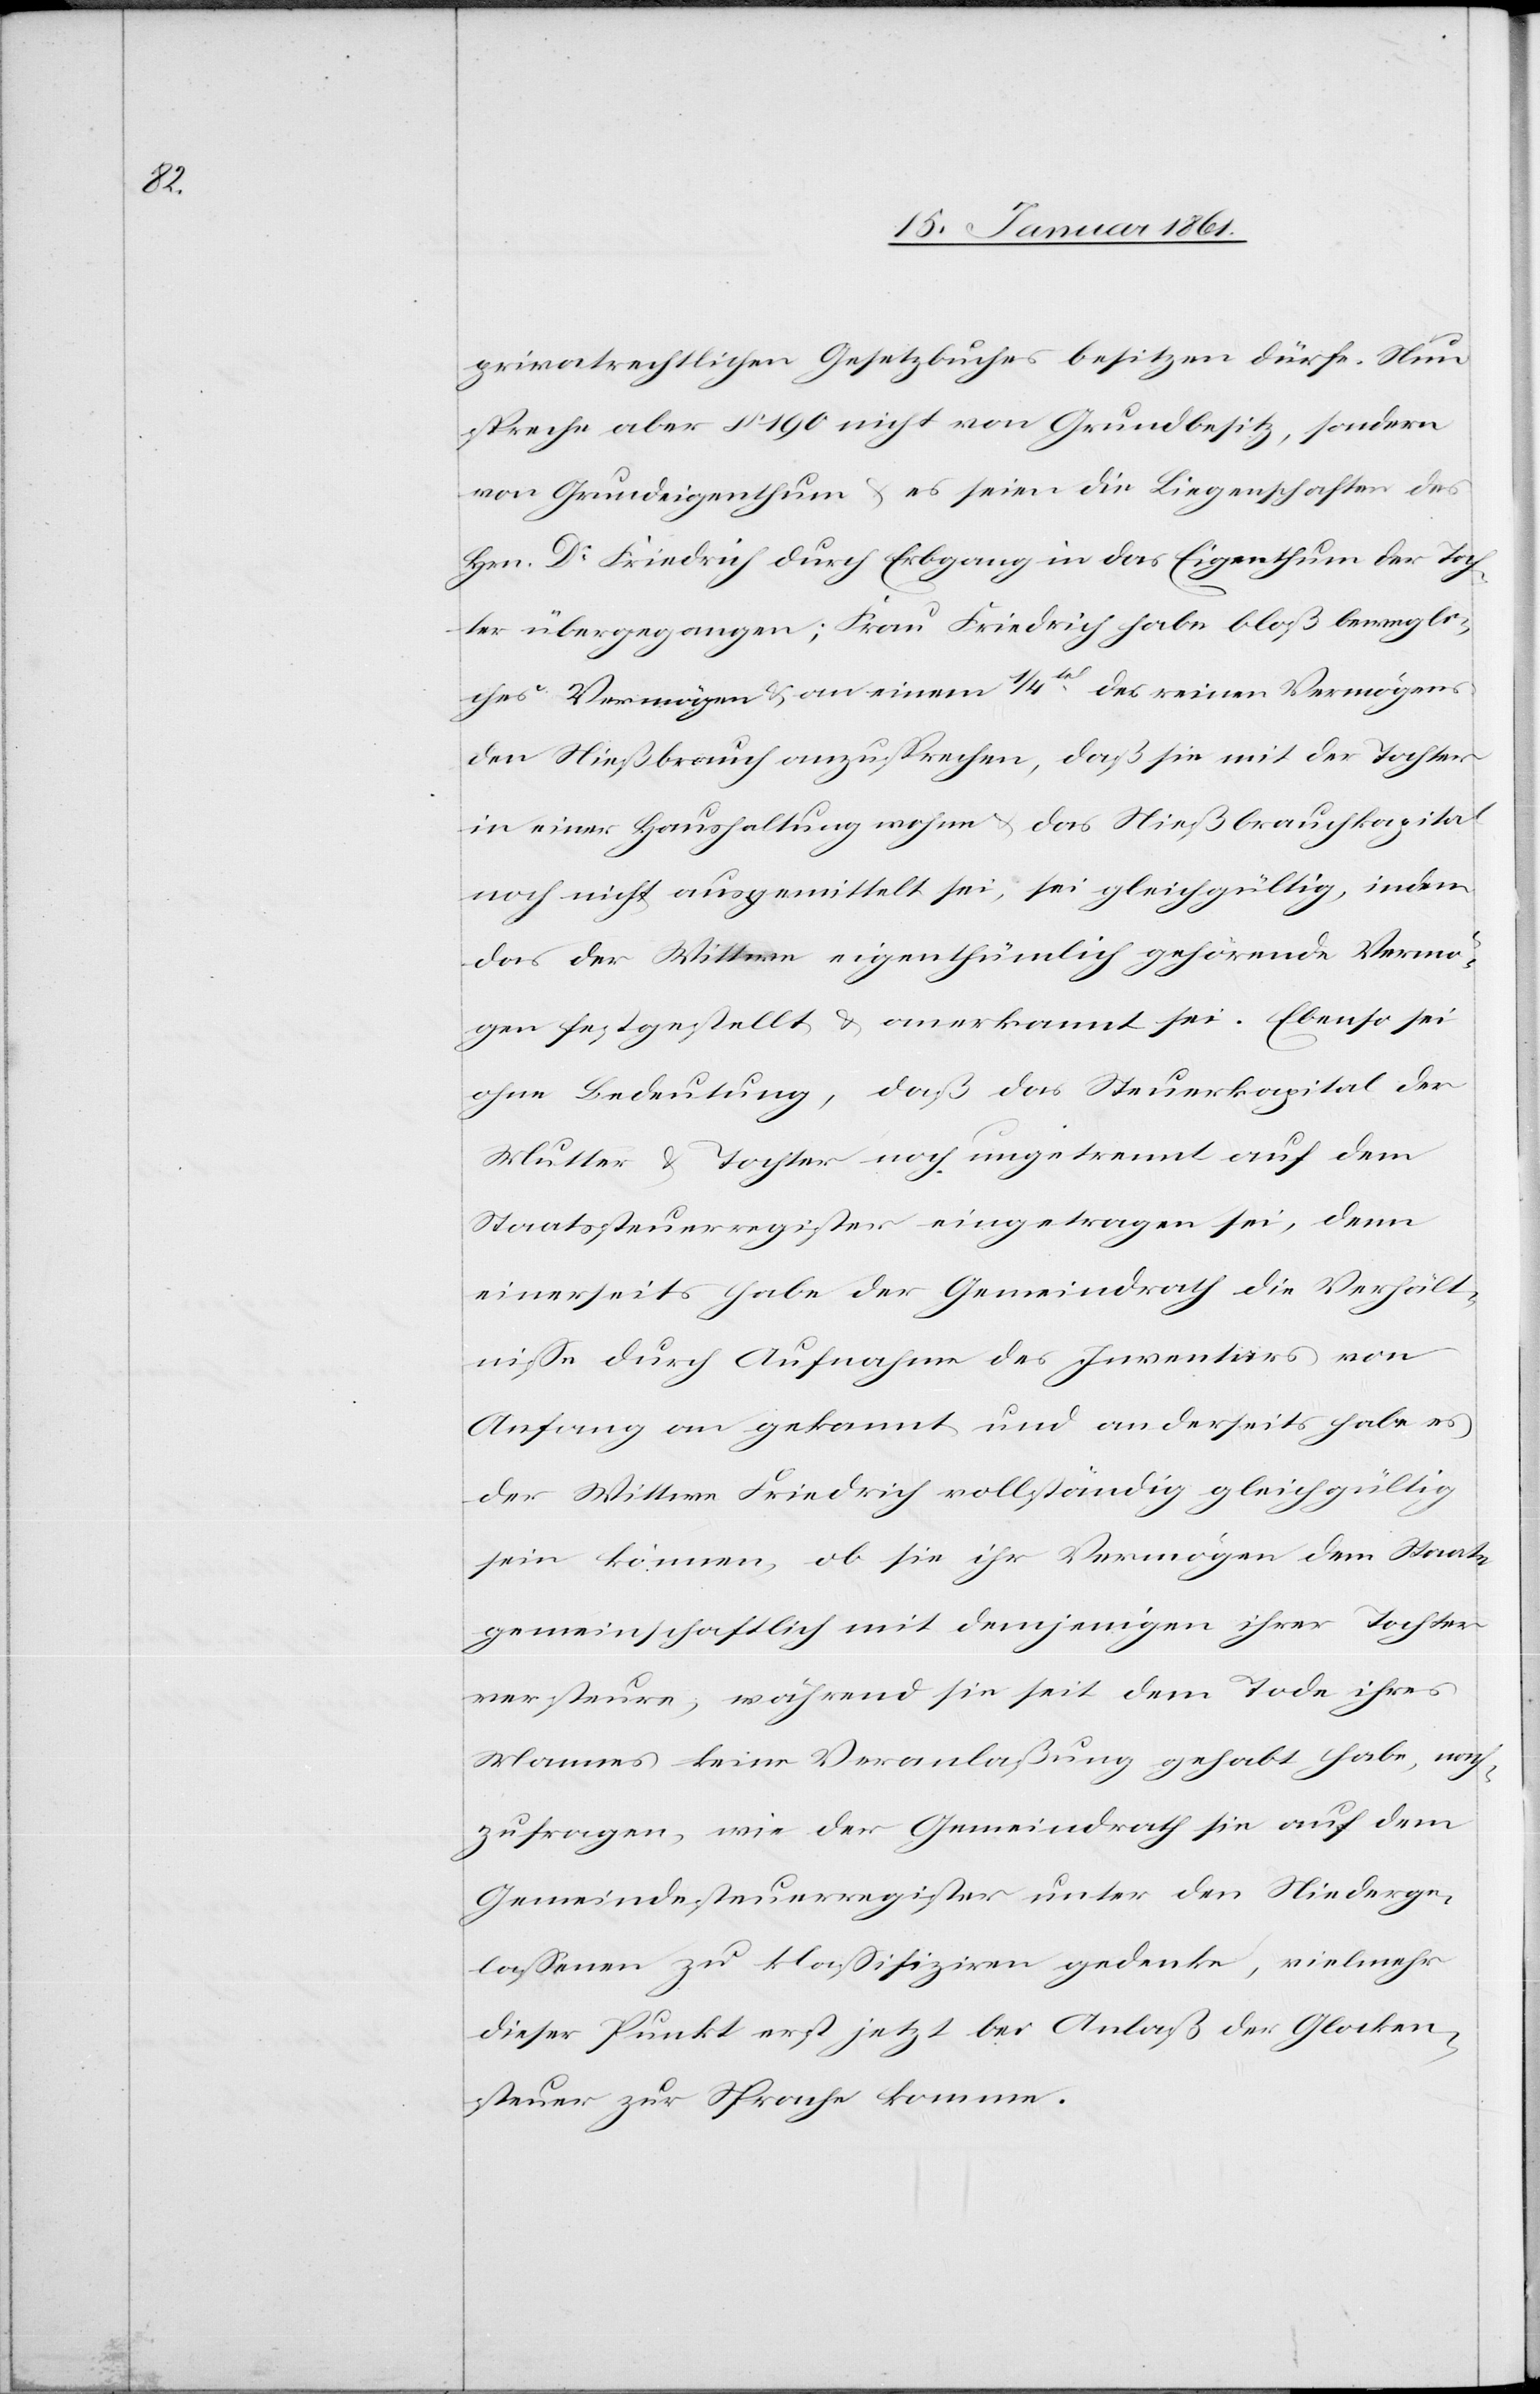
privatrechtlichen Gesetzbuches besitzen dürfe. Nun
spreche aber §. 190 nicht von Grundbesitz, sondern
von Grundeigenthum u. es seien die Liegenschaften des
Hrn. Dr. Friedrich durch Erbgang in das Eigenthum der Toch¬
ter übergegangen; Frau Friedrich habe bloß glei¬
ches Vermögen u. an einem 1/4tel des reinen Vermögens
den Niessbrauch anzusprechen, daß sie mit der Tochter
in einer Haushaltung wohne u. das Nießbrauchkapital
noch nicht ausgemittelt sei, sei gleichgültig, indem
das der Wittwe eigenthümlich gehörende Vermö¬
gen festgestellt u. anerkannt sei. Ebenso sei
ohne Bedeutung, daß das Steuerkapital der
Mutter u. Tochter noch ungetrennt auf dem
Staatssteuerregister eingetragen sei, denn
einerseits habe der Gemeindrath die Verhält¬
nisse durch Aufnahme des Inventars von
Anfang an gekannt und anderseits habe es
der Wittwe Friedrich vollständig gleichgültig
sein können, ob sie ihr Vermögen dem Staate
gemeinschaftlich mit demjenigen ihrer Tochter
versteuere, während sie seit dem Tode ihres
Mannes keine Veranlaßung gehabt habe, nach¬
zufragen, wie der Gemeindrath sie auf dem
Gemeindesteuerregister unter den Niederge¬
lassenen zu klassifiziren gedenke, vielmehr
dieser Punkt erst jetzt bei Anlaß der Glocken¬
steuer zur Sprache komme.